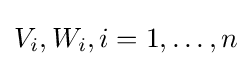
V_{i},W_{i},i=1,\dotsc ,n